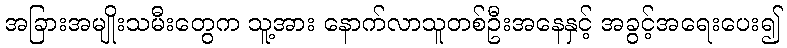
အခြားအမျိုးသမီးတွေက သူ့အား နောက်လာသူတစ်ဦးအနေနှင့် အခွင့်အရေးပေး၍